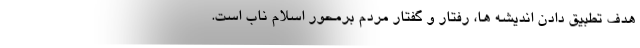
هدف تطبیق دادن اندیشه ها، رفتار و گفتار مردم برمحور اسلام ناب است.